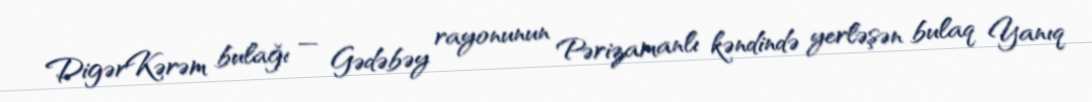
DigərKərəm bulağı — Gədəbəy rayonunun Pərizamanlı kəndində yerləşən bulaq Yanıq